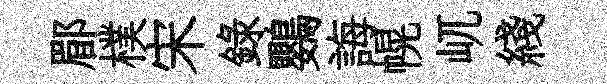
郿樸宋録鸚誨幌屼綫